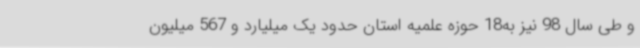
و طی سال 98 نیز به18 حوزه علمیه استان حدود یک میلیارد و 567 میلیون